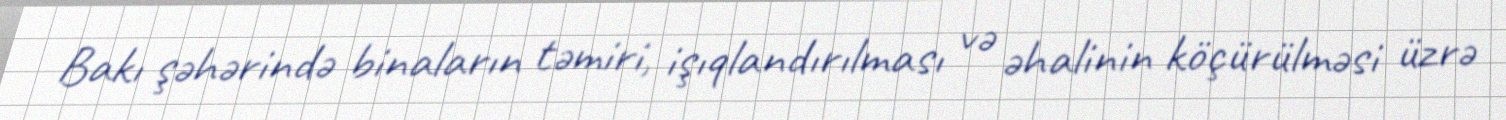
Bakı şəhərində binaların təmiri, işıqlandırılması və əhalinin köçürülməsi üzrə